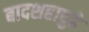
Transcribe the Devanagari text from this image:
बादशहापुढे